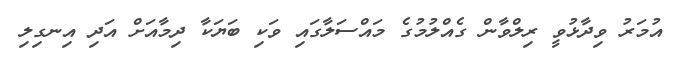
އުމަރު ވިދާޅުވީ ރިލްވާން ގެއްލުމުގެ މައްސަލާގައި ވަކި ބަޔަކާ ދިމާއަށް އަދި އިނގިލި